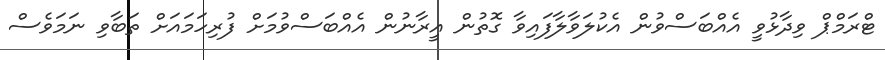
ޓްރަމްޕް ވިދާޅުވީ އެއްބަސްވުން އެކުލަވާލާފައިވާ ގޮތުން އީރާނުން އެއްބަސްވުމަށް ފުރިހަމައަށް ތަބާވި ނަމަވެސް